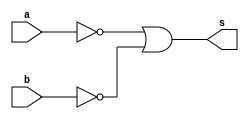
// Nome: Rayan Darwin

module nandgate2(output s, input a, input b);
 assign s = (~a | ~b);
endmodule

module teste;
 reg x,y;
 wire z;
 
 nandgate2 nand2 (z,x,y);
 
 initial begin
  x=0; y=0;
  $display("Teste\nx y z");
  $monitor("%b %b %b",x,y,z);
  
  #1 x=0; y=1;
  #1 x=1; y=0;
  #1 x=1; y=1;
 end
 
endmodule